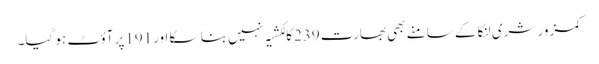
کمزور شری لنکا کے سامنے بھی بھارت239کا لکشیہ نہیں بنا سکا اور191پر آؤٹ ہو گیا۔